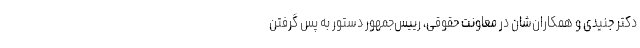
دکتر جنیدی و همکاران‌شان در معاونت حقوقی، رییس‌جمهور دستور به پس گرفتن